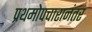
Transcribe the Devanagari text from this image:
प्रथमोपचारानंतर